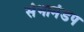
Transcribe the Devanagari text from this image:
संभामंडप